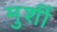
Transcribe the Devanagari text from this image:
मुर्शी